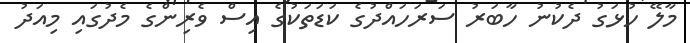
މާލޭ ހުޅަގު ދެކުނު ހާބަރު ސަރަހައްދުގެ ކަޑަތަކުގެ އިސް ވެރިންގެ މެދުގައި މިއަދު